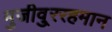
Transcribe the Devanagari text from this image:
मुजीवु्ररहमान